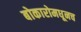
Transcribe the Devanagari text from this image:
बोकारोमधूनच